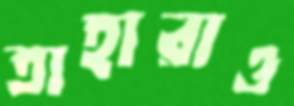
তাহারাও